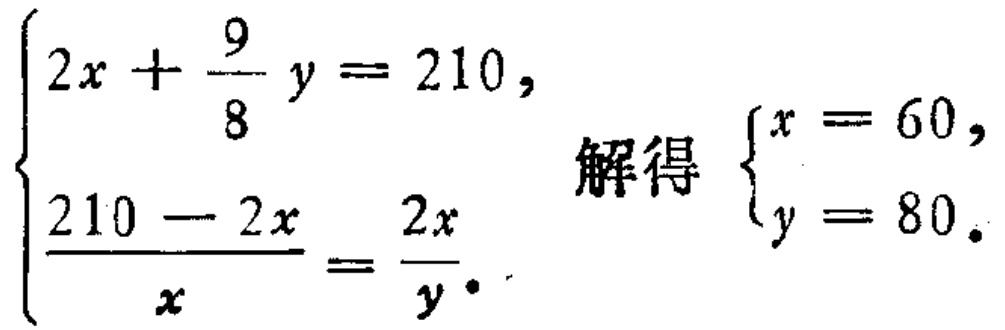
$\begin{cases}2x + \dfrac{9}{8}y = 210,\\\dfrac{210 - 2x}{x} = \dfrac{2x}{y}.\end{cases}$ 解得 $\begin{cases}x = 60,\\y = 80.\end{cases}$